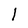
Character: l